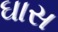
ઘાસ